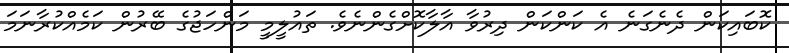
ކޮބައިކަން ދެނެގަނެ އެ ކަންކަން ދިރުވާ އާލާކޮށްގެންނެވެ. ތައުލީމީ މަންހަޖުގެ ބޭރުން ކަމެއްކުރާނަމަ